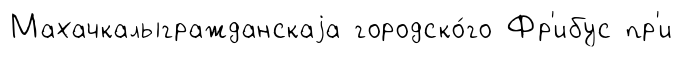
Махачкалыгражданскаjа городско́го Фр'ибус пр'и